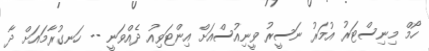
ހޯމް މިނިސްޓަރު އުމަރު ނަސީރު ވީނިއުސްއަށް އިންޓަވިއު ދެއްވަނީ -- ހަނގުރާމައަށް ދާ